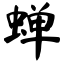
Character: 蝉